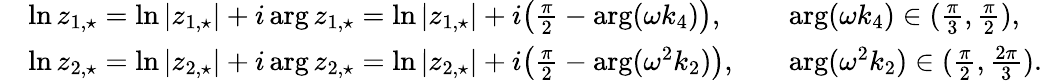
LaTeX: \begin{array}{rlrl}&{\ln z_{1,\star}=\ln|z_{1,\star}|+i\arg z_{1,\star}=\ln|z_{1,\star}|+i\big(\frac{\pi}{2}-\arg(\omega k_{4})\big),}&&{\arg(\omega k_{4})\in(\frac{\pi}{3},\frac{\pi}{2}),}\\ &{\ln z_{2,\star}=\ln|z_{2,\star}|+i\arg z_{2,\star}=\ln|z_{2,\star}|+i\big(\frac{\pi}{2}-\arg(\omega^{2}k_{2})\big),}&&{\arg(\omega^{2}k_{2})\in(\frac{\pi}{2},\frac{2\pi}{3}).}\end{array}